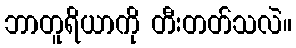
ဘာတူရိယာကို တီးတတ်သလဲ။